Subject: physics
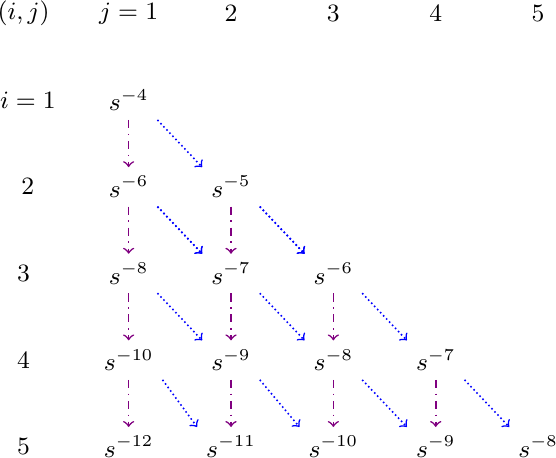
LaTeX code:
\begin{tikzpicture}

\small

\def\x{1.3} %% here, you set the x-distance between the boxes
\def\xy{0.3} %% here, you adjust for slopes
\def\y{1.1} %% here, you set the y-distance between the boxes
\def\z{0}%{0.5} %% here, you set the shift between 4th and 5th row due to the div1div2 term
\def\l{0}%{0.24} %% specify the legend spacing
\def\d{0}%{0.22}
\def\dx{.5}%{0.22} %% shift the left column

{\small

\node[align=center, name=045] at (0.4*\x -\dx ,5*\y +\d) {$ (i,j)$  };
\node[align=center, name=044] at (0.4*\x -\dx,4*\y +\d) {$ i=1 $};
\node[align=center, name=043] at (0.4*\x -\dx,3*\y +\d) {$2 $};
\node[align=center, name=042] at (0.4*\x -\dx,2*\y +\d) {3 };
\node[align=center, name=041] at (0.4*\x -\dx, \y +\d) {4 };
\node[align=center, name=040] at (0.4*\x -\dx, \d) {5 };
}

\node[align=center, name=11] at (\x,0*\y - \z) {$s^{-12}$};
\node[align=center, name=12] at (\x,\y - \z) {$ s^{-10}$};
\node[align=center, name=13] at (\x,2*\y) {$ s^{-8}$};
\node[align=center, name=14] at (\x,3*\y +\d) {$ s^{-6}$};
\node[align=center, name=24] at (2*\x,3*\y +\d) {$ s^{-5}$};
\node[align=center, name=15] at (\x,4*\y ) {$ s^{-4}$};

\node[align=center, name=161] at (\x,5*\y +\d) {$j=1$};
\node[align=center, name=162] at (2*\x,5*\y +\d) {$2$};
\node[align=center, name=163] at (3*\x,5*\y +\d) {$3$};
\node[align=center, name=164] at (4*\x,5*\y +\d) {$4$};
\node[align=center, name=165] at (5*\x,5*\y +\d) {$5$};

\node[align=center, name=21] at (2*\x,0*\y - \z) {$ s^{-11}$};
\node[align=center, name=30] at (3*\x,0*\y - \z) {$ s^{-10}$};
\node[align=center, name=22] at (2*\x,\y - \z) {$ s^{-9}$};
\node[align=center, name=31] at (3*\x,\y - \z) {$ s^{-8}$};
\node[align=center, name=23] at (2*\x,2*\y) {$ s^{-7}$};
\node[align=center, name=32] at (3*\x,2*\y) {$ s^{-6}$};

\node[align=center, name=41] at (4*\x,0*\y - \z) {$ s^{-9}$};
\node[align=center, name=42] at (4*\x,\y - \z) {$ s^{-7}$};
\node[align=center, name=43] at (4*\x,2*\y) {$  $};

\node[align=center, name=51] at (5*\x,0*\y - \z) {$ s^{-8}$};

\draw[line width=0.2mm, ->, dashdotted,color=violet] (42.south) -- (41.north);

\draw[line width=0.2mm, ->, dashdotted,color=violet] (15.south) -- (14.north);

\draw[line width=0.2mm, ->, dashdotted,color=violet] (32.south) -- (31.north);

\draw[line width=0.2mm, ->, dashdotted,color=violet] (31.south) -- (30.north);

\draw[line width=0.2mm, ->, dashdotted,color=violet] (14.south) -- (13.north);
\draw[line width=0.2mm, ->, densely dotted,color=blue] (14.south east) -- (23.north west);

\draw[line width=0.2mm, ->, densely dotted,color=blue] (14.south east) -- (23.north west);

\draw[line width=0.2mm, ->, dashdotted,color=violet] (13.south) -- (12.north);
\draw[line width=0.2mm, ->, densely dotted,color=blue] (13.south east) -- (22.north west);

\draw[line width=0.2mm, ->, dashdotted,color=violet] (12.south) -- (11.north);
\draw[line width=0.2mm, ->, densely dotted,color=blue] (12.south east) -- (21.north west);

\draw[line width=0.2mm, ->, dashdotted,color=violet] (24.south) -- (23.north);
\draw[line width=0.2mm, ->, densely dotted,color=blue] (24.south east) -- (32.north west);

\draw[line width=0.2mm, ->, dashdotted,color=violet] (23.south) -- (22.north);
\draw[line width=0.2mm, ->, densely dotted,color=blue] (23.south east) -- (31.north west);

\draw[line width=0.2mm, ->, dashdotted,color=violet] (22.south) -- (21.north);
\draw[line width=0.2mm, ->, densely dotted,color=blue] (22.south east) -- (30.north west);

;
\draw[line width=0.2mm, ->, densely dotted,color=blue] (31.south east) -- (41.north west);

\draw[line width=0.2mm, ->, densely dotted,color=blue] (15.south east) -- (24.north west);
\draw[line width=0.2mm, ->, densely dotted,color=blue] (24.south east) -- (32.north west);
\draw[line width=0.2mm, ->, densely dotted,color=blue] (32.south east) -- (42.north west);
\draw[line width=0.2mm, ->, densely dotted,color=blue] (42.south east) -- (51.north west);

\end{tikzpicture}